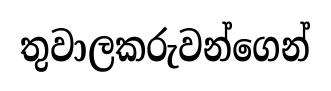
තුවාලකරුවන්ගෙන්